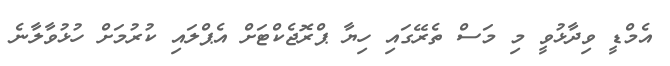
އެމްޑީ ވިދާޅުވީ މި މަސް ތެރޭގައި ހިޔާ ޕްރޮޖެކްޓަށް އެޕްލައި ކުރުމަށް ހުޅުވާލާނެ